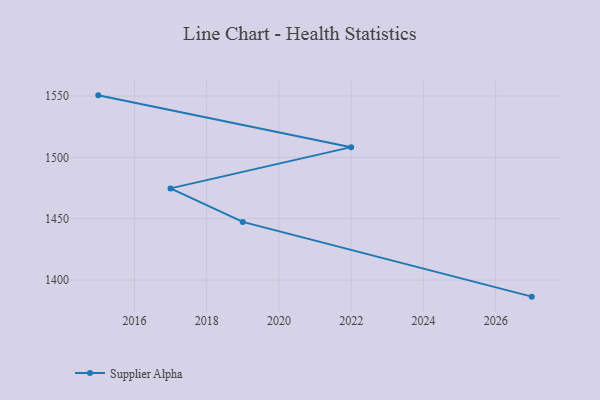
{"axis": {"x": "Year", "y": "Bounce Rate (%)"}, "legend": ["Supplier Alpha"], "data": [{"x": "2015", "y": 1550.5, "type": "Supplier Alpha"}, {"x": "2022", "y": 1508.3, "type": "Supplier Alpha"}, {"x": "2017", "y": 1474.7, "type": "Supplier Alpha"}, {"x": "2019", "y": 1447.4, "type": "Supplier Alpha"}, {"x": "2027", "y": 1386.5, "type": "Supplier Alpha"}]}